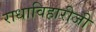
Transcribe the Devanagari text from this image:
राधाविहारीजी